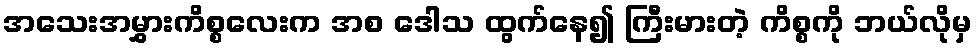
အသေးအမွှားကိစ္စလေးက အစ ဒေါသ ထွက်နေ၍ ကြီးမားတဲ့ ကိစ္စကို ဘယ်လိုမှ